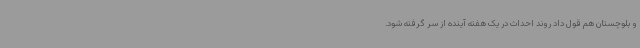
و بلوچستان هم قول داد روند احداث در یک هفته آینده از سر گرفته شود.